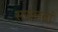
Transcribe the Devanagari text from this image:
सफलतां